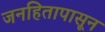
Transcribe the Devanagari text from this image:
जनहितापासून